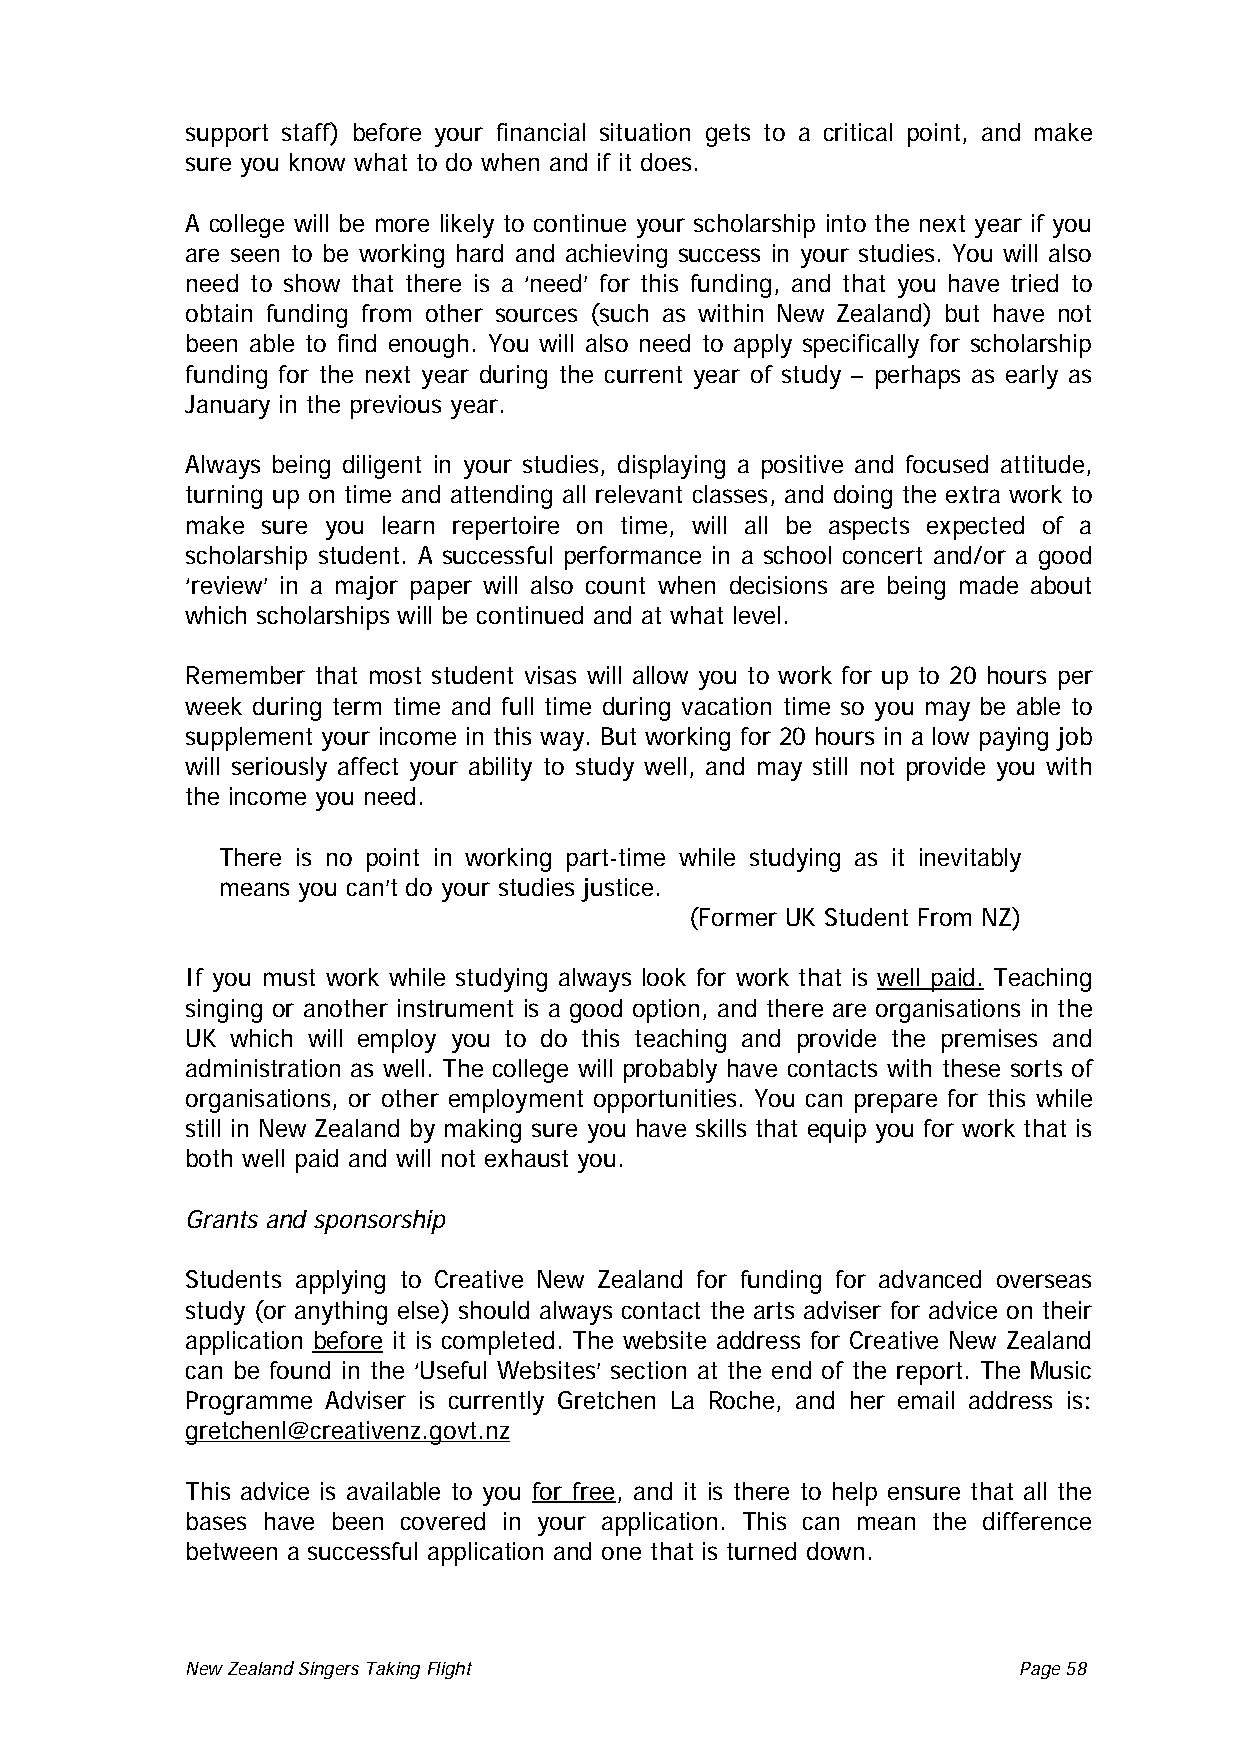
support staff) before your financial situation gets to a critical point, and make
 sure you know what to do when and if it does.
 A college will be more likely to continue your scholarship into the next year if you
 are seen to be working hard and achieving success in your studies. You will also
 need to show that there is a ‘need’ for this funding, and that you have tried to
 obtain funding from other sources (such as within New Zealand) but have not
 been able to find enough. You will also need to apply specifically for scholarship
 funding for the next year during the current year of study – perhaps as early as
 January in the previous year.
 Always being diligent in your studies, displaying a positive and focused attitude,
 turning up on time and attending all relevant classes, and doing the extra work to
 make sure you learn repertoire on time, will all be aspects expected of a
 scholarship student. A successful performance in a school concert and/or a good
 ‘review’ in a major paper will also count when decisions are being made about
 which scholarships will be continued and at what level.
 Remember that most student visas will allow you to work for up to 20 hours per
 week during term time and full time during vacation time so you may be able to
 supplement your income in this way. But working for 20 hours in a low paying job
 will seriously affect your ability to study well, and may still not provide you with
 the income you need.
 There is no point in working part-time while studying as it inevitably
 means you can’t do your studies justice.
 (Former UK Student From NZ)
 If you must work while studying always look for work that is well paid. Teaching
 singing or another instrument is a good option, and there are organisations in the
 UK which will employ you to do this teaching and provide the premises and
 administration as well. The college will probably have contacts with these sorts of
 organisations, or other employment opportunities. You can prepare for this while
 still in New Zealand by making sure you have skills that equip you for work that is
 both well paid and will not exhaust you.
 Grants and sponsorship
 Students applying to Creative New Zealand for funding for advanced overseas
 study (or anything else) should always contact the arts adviser for advice on their
 application before it is completed. The website address for Creative New Zealand
 can be found in the ‘Useful Websites’ section at the end of the report. The Music
 Programme Adviser is currently Gretchen La Roche, and her email address is:
 gretchenl@creativenz.govt.nz
 This advice is available to you for free , and it is there to help ensure that all the
 bases have been covered in your application. This can mean the difference
 between a successful application and one that is turned down.
 New Zealand Singers Taking Flight Page 58